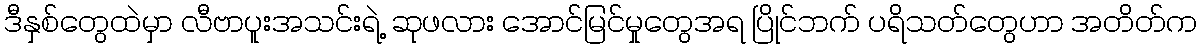
ဒီနှစ်တွေထဲမှာ လီဗာပူးအသင်းရဲ့ ဆုဖလား အောင်မြင်မှုတွေအရ ပြိုင်ဘက် ပရိသတ်တွေဟာ အတိတ်က